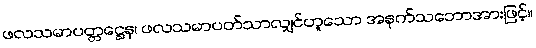
ဖလသမာပတ္တဋ္ဌေန၊ ဖလသမာပတ်သာလျှင်ဟူသော အနက်သဘောအားဖြင့်။